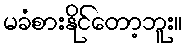
မခံစားနိုင်တော့ဘူး။